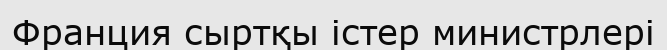
Франция сыртқы істер министрлері